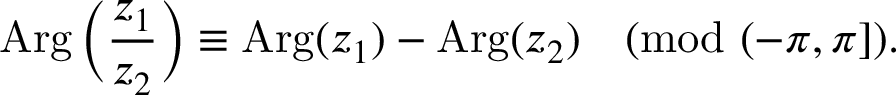
\operatorname { A r g } { \biggl ( } { \frac { z _ { 1 } } { z _ { 2 } } } { \biggr ) } \equiv \operatorname { A r g } ( z _ { 1 } ) - \operatorname { A r g } ( z _ { 2 } ) { \pmod { ( - \pi , \pi ] } } .